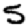
Digit: 5